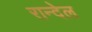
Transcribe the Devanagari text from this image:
रान्देल